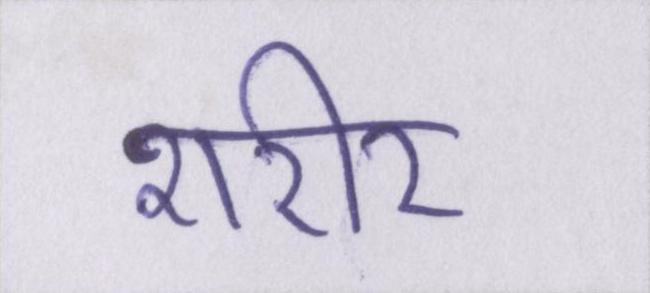
शरीर